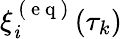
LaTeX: \xi_{\mathit{i}}^{\mathrm{{~(~e~q~)~}}}(\tau_{k})